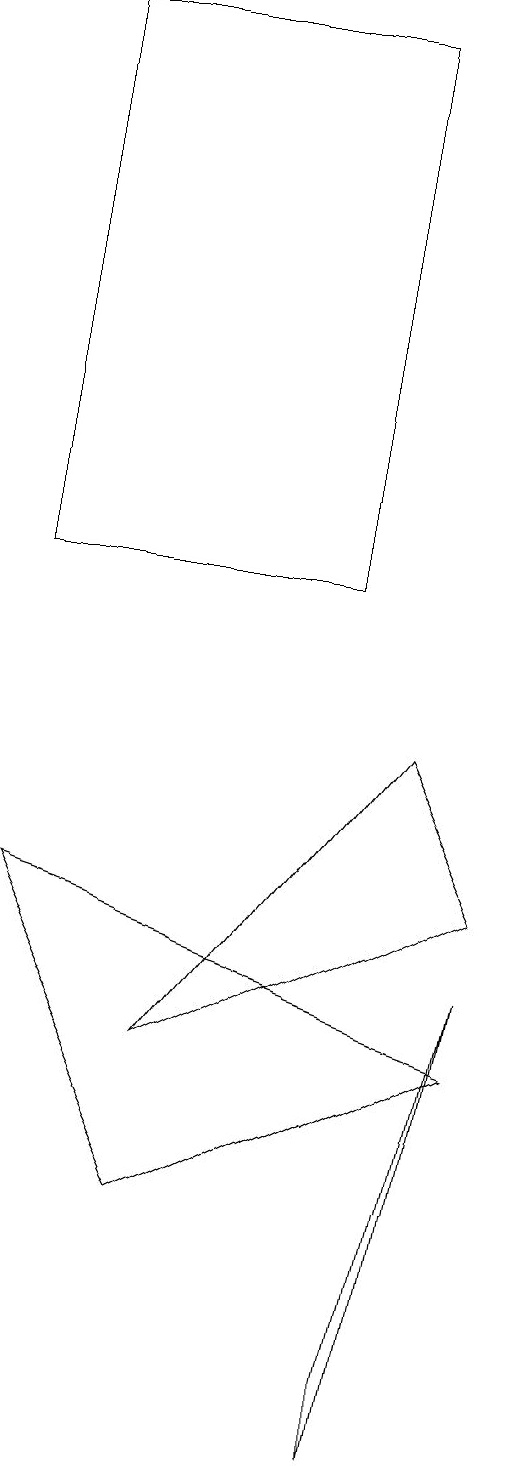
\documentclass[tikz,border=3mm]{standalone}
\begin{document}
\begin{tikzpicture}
\draw (8,6) -- (7,1) -- (7,0) -- cycle;
\draw (2,7) -- (8,5) -- (4,3) -- cycle;
\draw (6,18) rectangle (2,11);
\draw (8,7) -- (7,9) -- (4,5) -- cycle;
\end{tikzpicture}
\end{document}